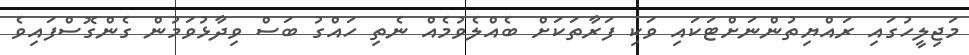
މަޖިލީހުގައި ރައްޔިތުންނަށްޓަކައި ވަކި ފަރާތަކަށް ބެއްލެވުމެއް ނެތި ހައްގު ބަސް ވިދާޅުވަމުން ގެންގޮސްފައިވެ